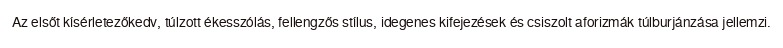
Az elsőt kísérletezőkedv, túlzott ékesszólás, fellengzős stílus, idegenes kifejezések és csiszolt aforizmák túlburjánzása jellemzi.